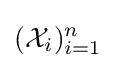
({\mathcal {X}}_{i})_{i=1}^{n}